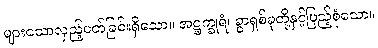
များသောလှည့်ပတ်ခြင်းရှိသော။ အဋ္ဌက္ခုရံ၊ ခွာရှစ်ခုတို့နှင့်ပြည့်စုံသော။